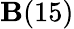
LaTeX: \mathbf{B}(15)